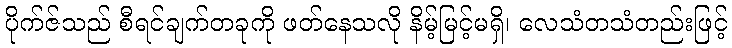
ပိုက်ဇ်သည် စီရင်ချက်တခုကို ဖတ်နေသလို နိမ့်မြင့်မရှိ၊ လေသံတသံတည်းဖြင့်